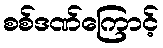
စစ်ဒဏ်ကြောင့်